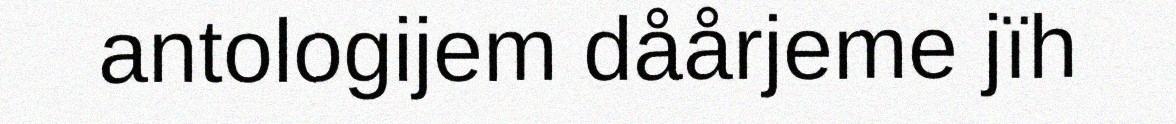
antologijem dåårjeme jïh